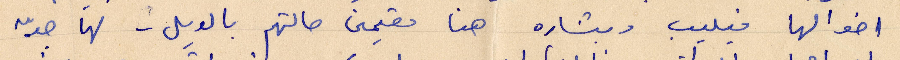
اخوالها فيليب وبشاره هنا مقيمية التهم بالويل - لها حدّ